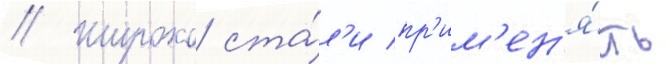
// Широко ста́л'и пр'им'ен'я́ть